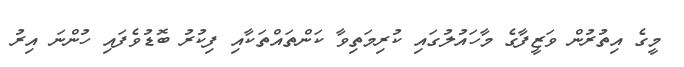
މީގެ އިތުރުން ވަޒީފާގެ މާހައުލުގައި ކުރިމަތިވާ ކަންތައްތަކާއި ފިކުރު ބޮޑުވެފައި ހުންނަ އިރު